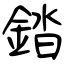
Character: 錔